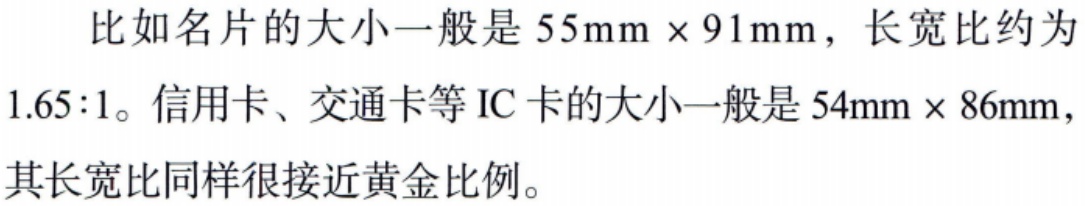
比如名片的大小一般是 \(55\text{mm} \times 91\text{mm}\)，长宽比约为 \(1.65:1\)。信用卡、交通卡等 IC 卡的大小一般是 \(54\text{mm} \times 86\text{mm}\)，其长宽比同样很接近黄金比例。